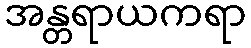
အန္တရာယကရာ